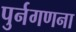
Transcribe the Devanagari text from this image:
पुर्नगणना